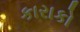
કારાકો